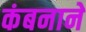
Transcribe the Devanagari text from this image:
कंबनाने